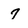
Character: 7